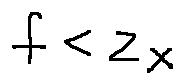
f < z _ { X }